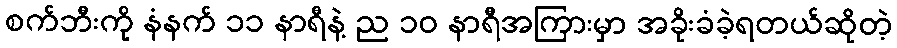
စက်ဘီးကို နံနက် ၁၁ နာရီနဲ့ ည ၁၀ နာရီအကြားမှာ အခိုးခံခဲ့ရတယ်ဆိုတဲ့